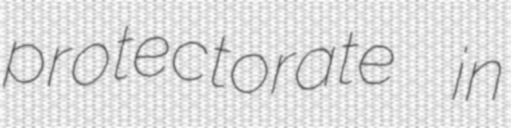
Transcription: protectorate in